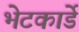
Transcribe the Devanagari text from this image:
भेटकार्डे